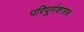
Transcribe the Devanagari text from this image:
परिपूर्णशास्त्र